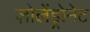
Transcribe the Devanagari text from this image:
ज़ोलेंड्रोनेट